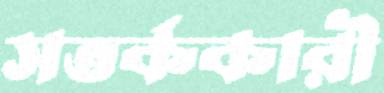
সতর্ককারী